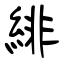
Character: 緋